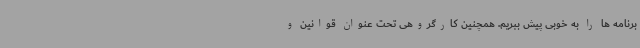
برنامه ها را به خوبی پیش ببریم. همچنین کارگروهی تحت عنوان قوانین و